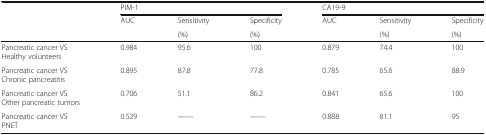
<table><thead><tr><td></td><td colspan="3"><b>PIM-1</b></td><td colspan="3"><b>CA19-9</b></td></tr><tr><td></td><td><b>AUC</b></td><td><b>Sensitivity</b></td><td><b>Specificity</b></td><td><b>AUC</b></td><td><b>Sensitivity</b></td><td><b>Specificity</b></td></tr><tr><td></td><td></td><td><b>(%)</b></td><td><b>(%)</b></td><td></td><td><b>(%)</b></td><td><b>(%)</b></td></tr></thead><tbody><tr><td>Pancreatic cancer VS Healthy volunteers</td><td>0.984</td><td>95.6</td><td>100</td><td>0.879</td><td>74.4</td><td>100</td></tr><tr><td>Pancreatic cancer VS Chronic pancreatitis</td><td>0.895</td><td>87.8</td><td>77.8</td><td>0.785</td><td>65.6</td><td>88.9</td></tr><tr><td>Pancreatic cancer VS Other pancreatic tumors</td><td>0.706</td><td>51.1</td><td>86.2</td><td>0.841</td><td>65.6</td><td>100</td></tr><tr><td>Pancreatic cancer VS PNET</td><td>0.529</td><td>——</td><td>——</td><td>0.888</td><td>81.1</td><td>95</td></tr></tbody></table>